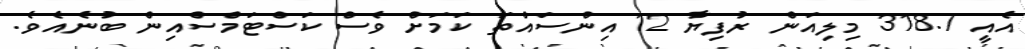
އެއީ 318.7 މިލިއަން ރުފިޔާ 12 އިންސައްތަ ކަމަށް ވެސް ކަސްޓަމްސްއިން ބުނެއެވެ.